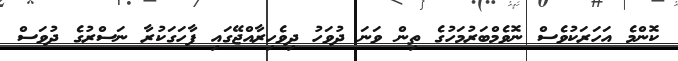
ކޮންމެ އަހަރަކުވެސް ނޮވެމްބަރުމަހުގެ ތިން ވަނަ ދުވަހު ދިވެހިރާއްޖޭގައި ފާހަގަކުރާ ނަސްރުގެ ދުވަސް